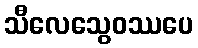
သီလေသွေဝဿပေ